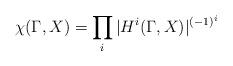
LaTeX: \begin{align*}\chi (\Gamma, X) = \prod_i |H^i (\Gamma,X)|^{(-1)^i}\end{align*}